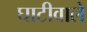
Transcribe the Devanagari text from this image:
घाटीवाले